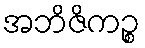
အဘိဇိကဉ္စ